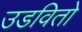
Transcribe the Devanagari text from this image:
उडवितो